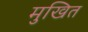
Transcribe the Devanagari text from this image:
मुखित